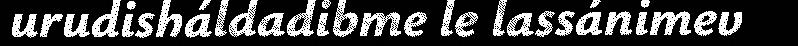
urudisháldadibme le lassánimev